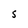
Character: S